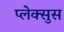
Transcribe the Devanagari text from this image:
प्लेक्सुस